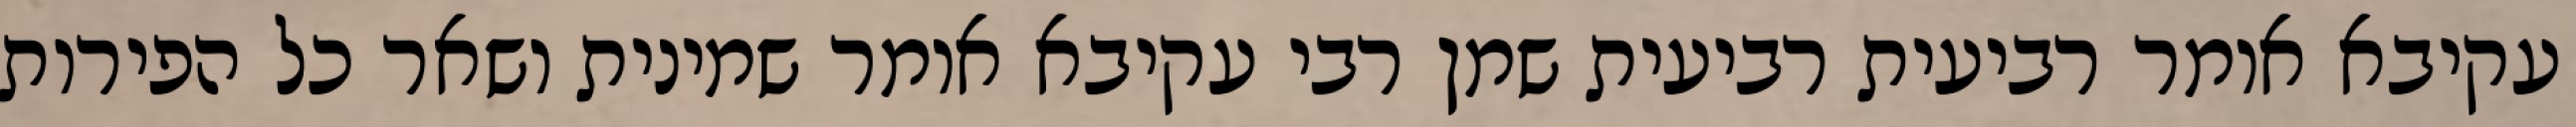
עקיבא אומר רביעית רביעית שמן רבי עקיבא אומר שמינית ושאר כל הפירות